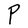
Character: P